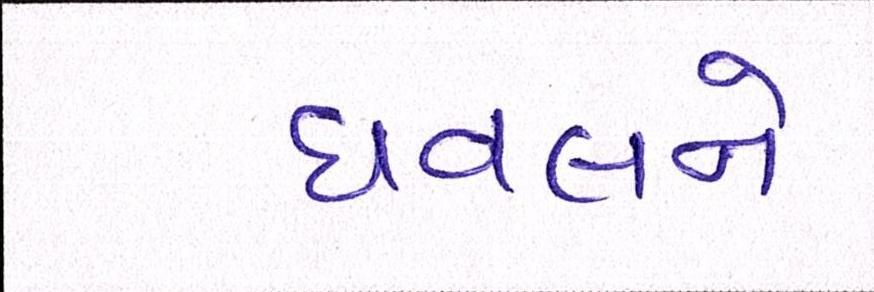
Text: ધવલને